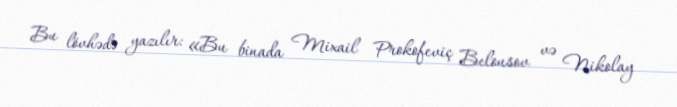
Bu lövhədə yazılır: «Bu binada Mixail Prokofeviç Belousov və Nikolay